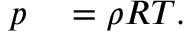
\begin{array} { r l } { p } & { { } = \rho R T . } \end{array}